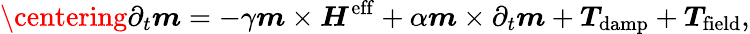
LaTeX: \centering{{\partial}_{t}\boldsymbol{m}}={-\gamma\boldsymbol{m}\times{\boldsymbol{H}}^{\mathrm{eff}}+\alpha{\boldsymbol{m}}\times{\partial}_{t}{\boldsymbol{m}}+\boldsymbol{T}_{\mathrm{damp}}+\boldsymbol{T}_{\mathrm{field}}},